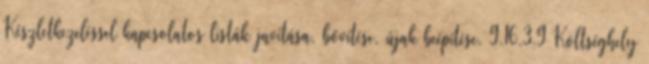
Készletkezeléssel kapcsolatos listák javítása, bővítése, újak beépítése. 9.16.3.9 Költséghely